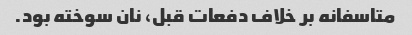
متاسفانه بر خلاف دفعات قبل، نان سوخته بود.